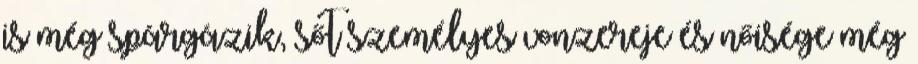
is még spárgázik, sőt személyes vonzereje és nőisége még